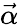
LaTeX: \vec{\alpha}